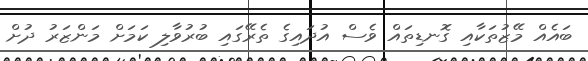
ބައެއް މޭޒުތަކާއި ގޮނޑިތައް ވެސް އުދައިގެ ތެރޭގައި ބުރުވާލި ކަމަށް މަންޒަރު ދުށް